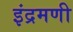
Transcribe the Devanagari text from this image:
इंद्रमणी